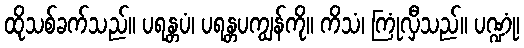
ထိုသစ်ခက်သည်။ ပရန္တပံ၊ ပရန္တပကျွန်ကို။ ကိသံ၊ ကြုံလှီသည်။ ပဏ္ဍုံ၊